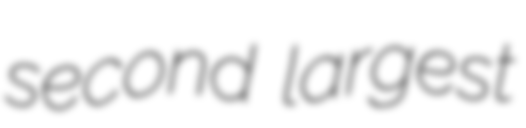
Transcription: second largest